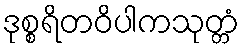
ဒုစ္စရိတဝိပါကသုတ္တံ